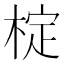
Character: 椗